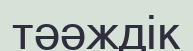
тәәждік